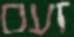
זעם